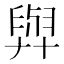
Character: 𦥸